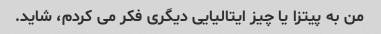
من به پیتزا یا چیز ایتالیایی دیگری فکر می کردم، شاید.